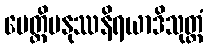
ပေတ္တိမနုဿနိရယာဒိသုတ္တံ